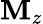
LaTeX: \mathbf{M}_{z}